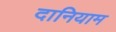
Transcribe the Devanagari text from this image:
दानियाम